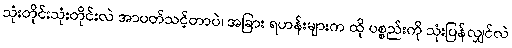
သုံးတိုင်းသုံးတိုင်းလဲ အာပတ်သင့်တာပဲ၊ အခြား ရဟန်းများက ထို ပစ္စည်းကို သုံးပြန်လျှင်လဲ